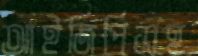
আইজিপিসহ